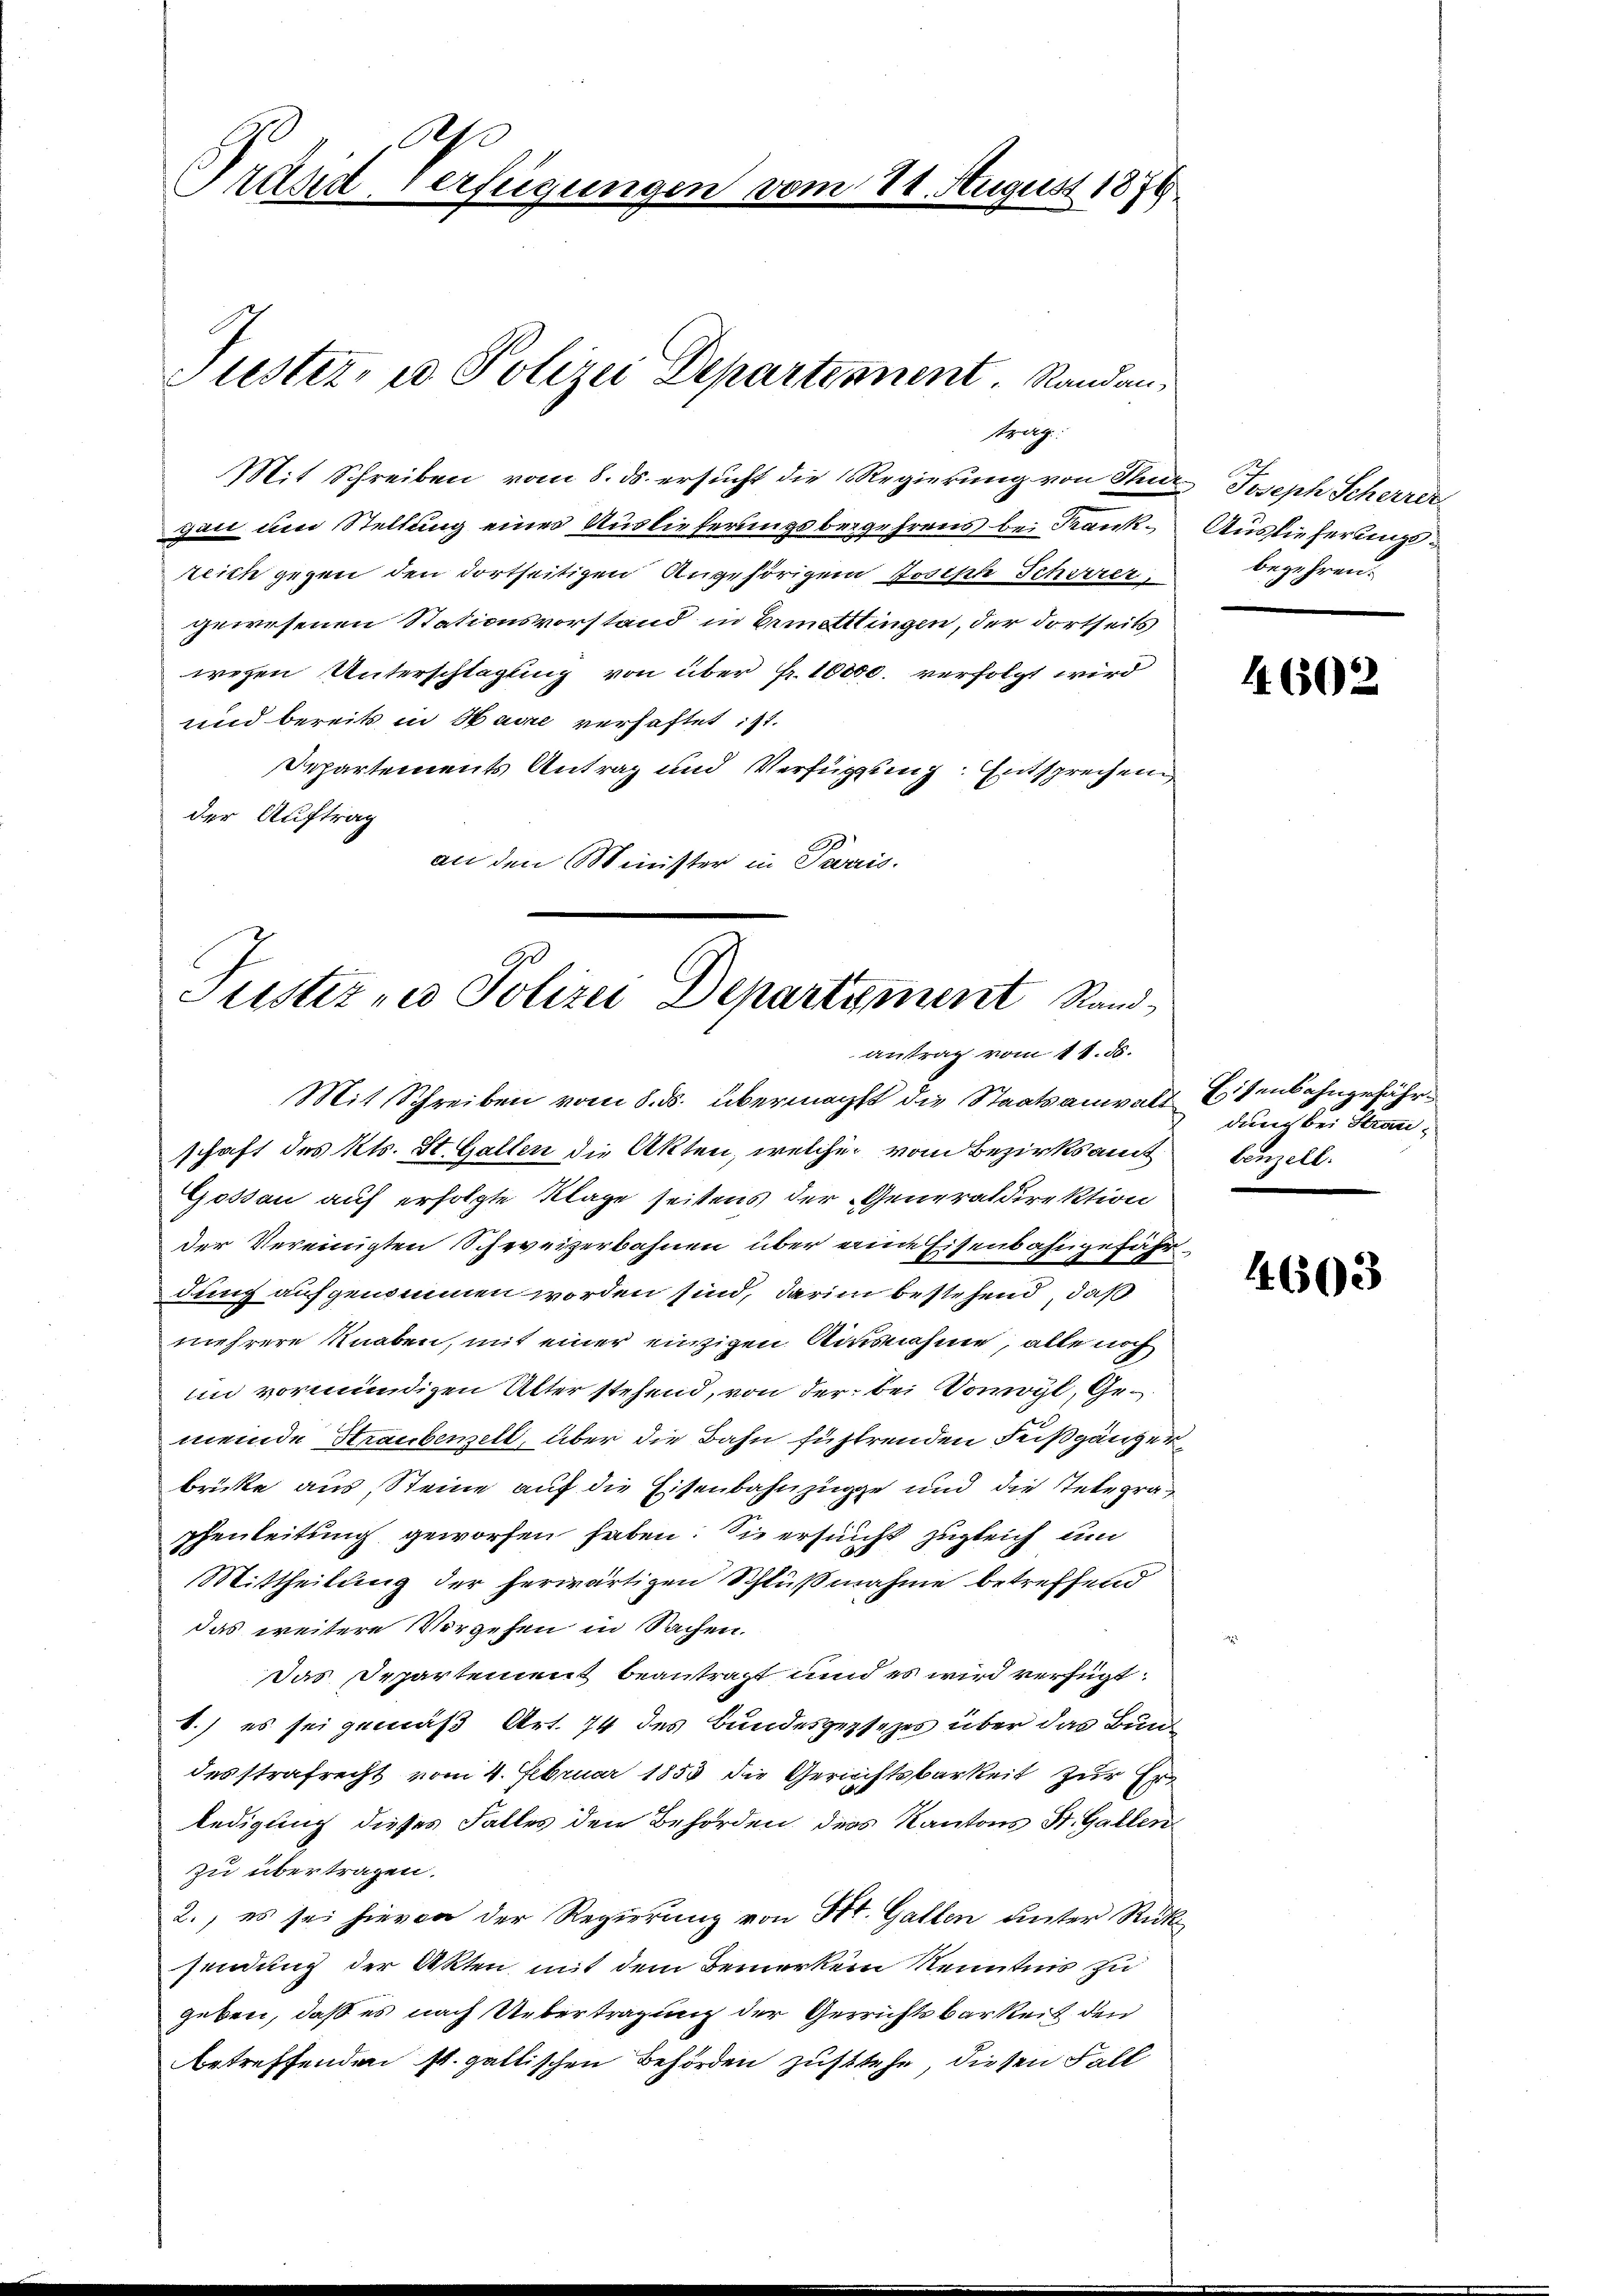
Ase
Präsid Verfügungen vor

Styrtg.
Mit Schreiben vom 8. ds. ersucht die Regierung von Stutz Joseph Scherrer
gau und Stellung eines Auslieferungsbegehrens bei Krankteich gegen den dortseitigen Angehörigen Joseph Schwerer
gewesenen Stationsvorstand in Ermittlingen, der dortseits
wegen Unterschlagung von über Fr. 10000. verfolgt wird
und bereits in Havre verhaftet ist.
Separtements Antrag und Verfügung. Entsprechen
der Auftrag
an den Minister in Paris.

Puester- u Polizei Departement. Randan

24. August 1879

Tustiz- u Polizei Departement Standantrag vom 11. 55.

Mit Schreiben vom 8. ds. übermacht die Staatsanwalt Eisenbahngefährschaft des Kts. St. Gallen die Akten, welcher vom Bezirksamt Benzell.
Gossau auf erfolgte Klage seitens der Generaldirektion
der Vereinigten Schweizerbahnen über eine Eisenbahngefähr
dung aufgenommen worden sind, darin bestehend, daß
9
mehrere Knaben, mit einer einzigen Ausnahme, alle noch
Ein vormündigen Alter stehend, von der bei Domoyl, Gemeinde Straubenzelt, über die Bahn fühlenden Feißgänger
brücke aus, Steine auf die Eisenbahnzüge und die Telegraphenleitung geworfen haben. Sie ersucht zugleich um
Mittheilung der herwärtigen Schlußnahme betreffend
das weitere Vorgehen in Sachen.
Das Departement beantragt und es wird verfügt:
1.) es sei gemäß Art. 74 des Bundesgesezes über das Bundesstrafrecht vom 4. Februar 1853 die Gerichtsbarkeit zur Erledigung dieses Falles den Behörden, ders Kantons St. Gallen
zu übertragen.
2., es sei hievon der Regierung von St. Gallen unter Rück
sendung der Akten mit dem Bemerken Kenntnis zu
geben, daß es nach Uebertragung der Gerichtsbarkeit den
betreffenden st. galtischen Behörden zustehe, diesen Fall

Auslieferungsbegehren.

4602

dung bei Stran

4603